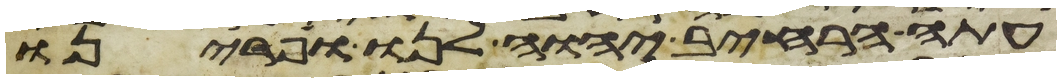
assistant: עתה הרחיב יהוה לנו ופרינו